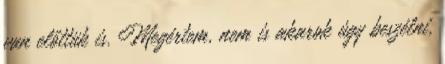
van előttük is. Megértem, nem is akarok úgy beszélni,